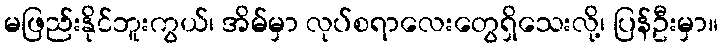
မဖြည်းနိုင်ဘူးကွယ်၊ အိမ်မှာ လုပ်စရာလေးတွေရှိသေးလို့၊ ပြန်ဦးမှာ။